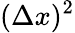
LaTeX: (\Delta x)^{2}